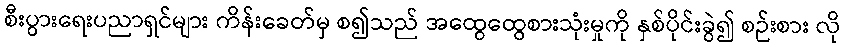
စီးပွားရေးပညာရှင်များ ကိန်းခေတ်မှ စ၍သည် အထွေထွေစားသုံးမှုကို နှစ်ပိုင်းခွဲ၍ စဉ်းစား လို